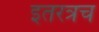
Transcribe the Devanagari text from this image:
इतरत्रच